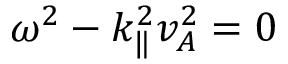
\omega ^ { 2 } - k _ { \| } ^ { 2 } v _ { A } ^ { 2 } = 0